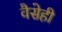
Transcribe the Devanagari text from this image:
वैसेही